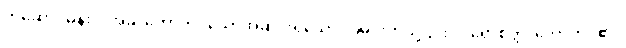
တံဆောင်မုန်းလအခါ တောက်ပသောအဆင်းရှိသော လမင်းကဲ့သို့၎င်း။ ဝိရောစိတ္တ၊ တောက်ပ၏။